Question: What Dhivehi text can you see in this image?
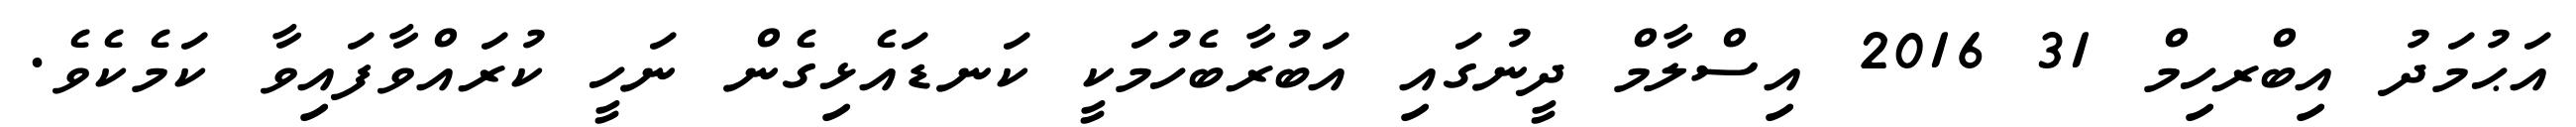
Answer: އަޙުމަދު އިބްރހިމް 31 2016 އިސްލާމް ދީނުގައި އަބުރާބެހުމަކީ ކަނޑައެޅިގެން ނަހީ ކުރައްވާފައިވާ ކަމެކެވެ.